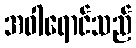
အဝါရောင်သည်